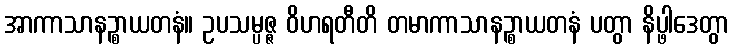
အာကာသာနဉ္စာယတနံ။ ဥပသမ္ပဇ္ဇ ဝိဟရတီတိ တမာကာသာနဉ္စာယတနံ ပတွာ နိပ္ဖါဒေတွာ